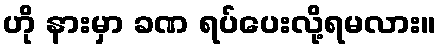
ဟို နားမှာ ခဏ ရပ်ပေးလို့ရမလား။